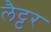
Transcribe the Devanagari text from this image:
लैट्टर